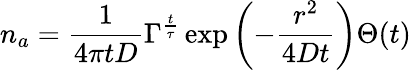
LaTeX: n_{a}=\frac{1}{4\pi tD}\Gamma^{\frac{t}{\tau}}\exp\left(-\frac{r^{2}}{4Dt}\right)\Theta(t)